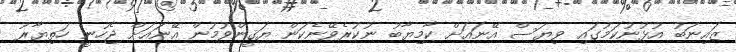
ޒައިނަބު އުޅުނުކަމުގައި ވިޔަސް އޭނައަށް ކާމިޔާބު ނުކުރެވޭނެކަން ޔަޤީންވުމުން އޭނައަށް ޖެހުނީ ހަތިޔާރު